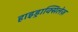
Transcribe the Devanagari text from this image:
हाइड्राक्सिलेज़